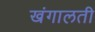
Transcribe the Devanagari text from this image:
खंगालती